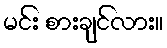
မင်း စားချင်လား။